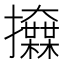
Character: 𢺌